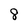
Character: 8